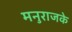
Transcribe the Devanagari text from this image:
मनुराजके